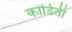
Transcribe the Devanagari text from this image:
कांडिती